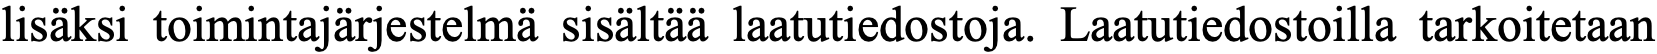
lisäksi toimintajärjestelmä sisältää laatutiedostoja. Laatutiedostoilla tarkoitetaan